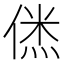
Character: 𠌎